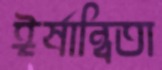
ঈর্ষান্বিতা